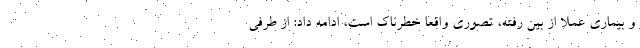
و بیماری عملا از بین رفته، تصوری واقعا خطرناک است، ادامه داد: از طرفی